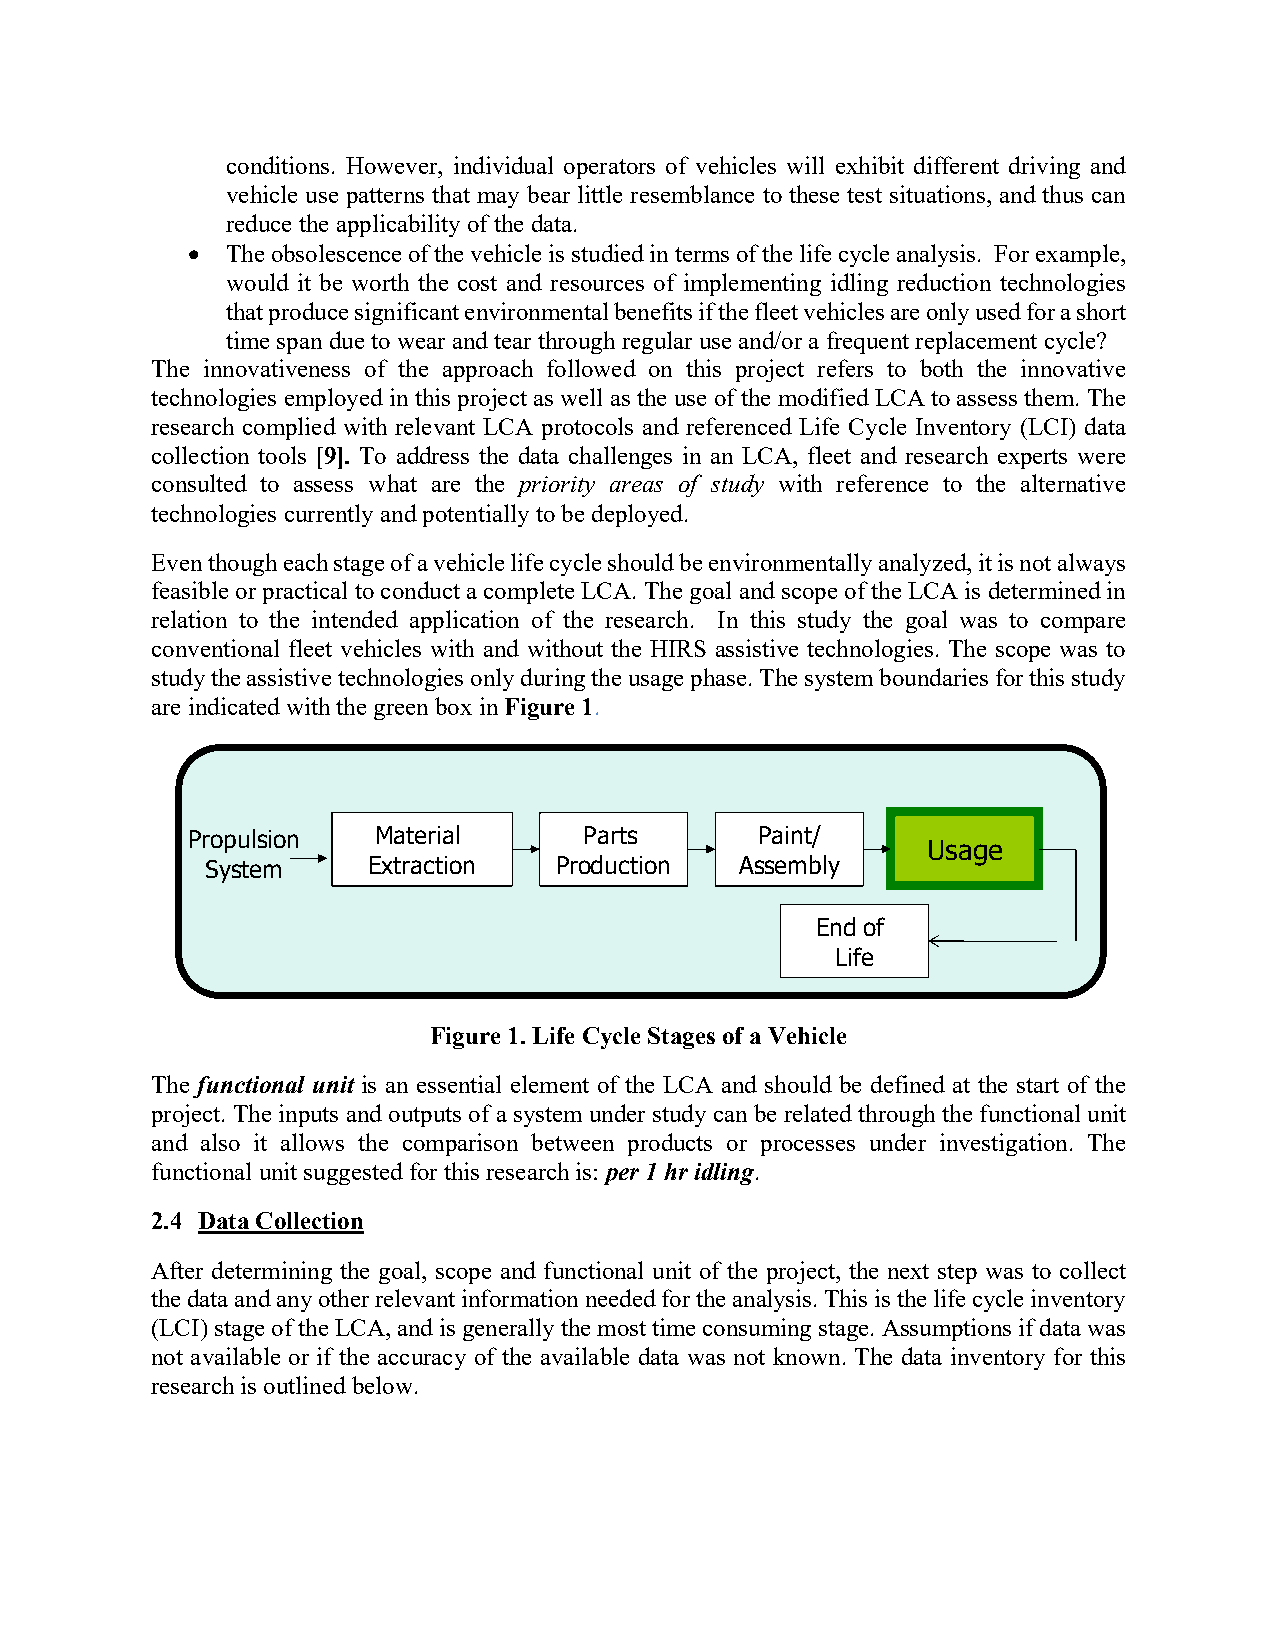
conditions. However, individual operators of vehicles will exhibit different driving and
 vehicle use patterns that may bear little resemblance to these test situations, and thus can
 reduce the applicability of the data.
 •  The obsolescence of the vehicle is studied in terms of the life cycle analysis. For example,
 would it be worth the cost and resources of implementing idling reduction technologies
 that produce significant environmental benefits if the fleet vehicles are only used for a short
 time span due to wear and tear through regular use and/or a frequent replacement cycle?
 The innovativeness of the approach followed on this project refers to both the innovative
 technologies employed in this project as well as the use of the modified LCA to assess them. The
 research complied with relevant LCA protocols and referenced Life Cycle Inventory (LCI) data
 collection tools [9]. To address the data challenges in an LCA, fleet and research experts were
 consulted to assess what are the priority areas of study with reference to the alternative
 technologies currently and potentially to be deployed.
 Even though each stage of a vehicle life cycle should be environmentally analyzed, it is not always
 feasible or practical to conduct a complete LCA. The goal and scope of the LCA is determined in
 relation to the intended application of the research. In this study the goal was to compare
 conventional fleet vehicles with and without the HIRS assistive technologies. The scope was to
 study the assistive technologies only during the usage phase. The system boundaries for this study
 are indicated with the green box in Figure 1.
 Propulsion   Material      Parts      Paint/
 Usage
 System    Extraction   Production  Assembly
 End of
 Life
 Figure 1. Life Cycle Stages of a Vehicle
 The functional unit is an essential element of the LCA and should be defined at the start of the
 project. The inputs and outputs of a system under study can be related through the functional unit
 and also it allows the comparison between products or processes under investigation. The
 functional unit suggested for this research is: per 1 hr idling.
 2.4 Data Collection
 After determining the goal, scope and functional unit of the project, the next step was to collect
 the data and any other relevant information needed for the analysis. This is the life cycle inventory
 (LCI) stage of the LCA, and is generally the most time consuming stage. Assumptions if data was
 not available or if the accuracy of the available data was not known. The data inventory for this
 research is outlined below.